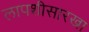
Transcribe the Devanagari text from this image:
लापशीसारखा